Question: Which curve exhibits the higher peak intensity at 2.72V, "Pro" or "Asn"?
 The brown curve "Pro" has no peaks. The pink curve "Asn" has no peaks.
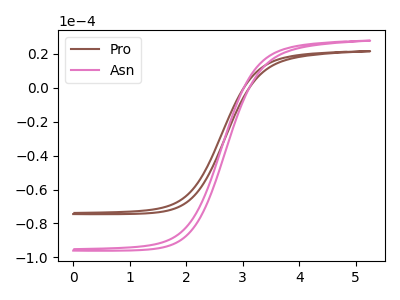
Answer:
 <answer>"Pro" and "Asn" dont share a peak at 2.72V.</answer>
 <eval>mismatch</eval>